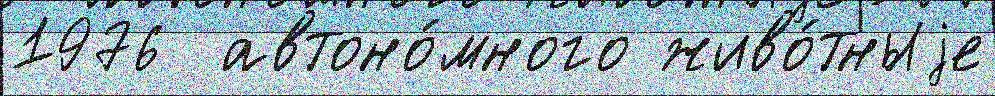
1976  автоно́много живо́тныjе